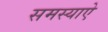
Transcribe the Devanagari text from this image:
समस्याऐ